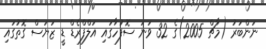
ނަންބަރު (މާޗް 2005)ގެ 32 ވަނަ ސޮފުހާގައި އަލްފްރެޑް ޑީ ޒަޔަސް ގޮތުގައި